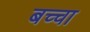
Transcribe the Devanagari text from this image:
बच्‍चा